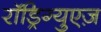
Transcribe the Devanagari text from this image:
रॉड्रिग्युएज़